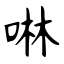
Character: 啉